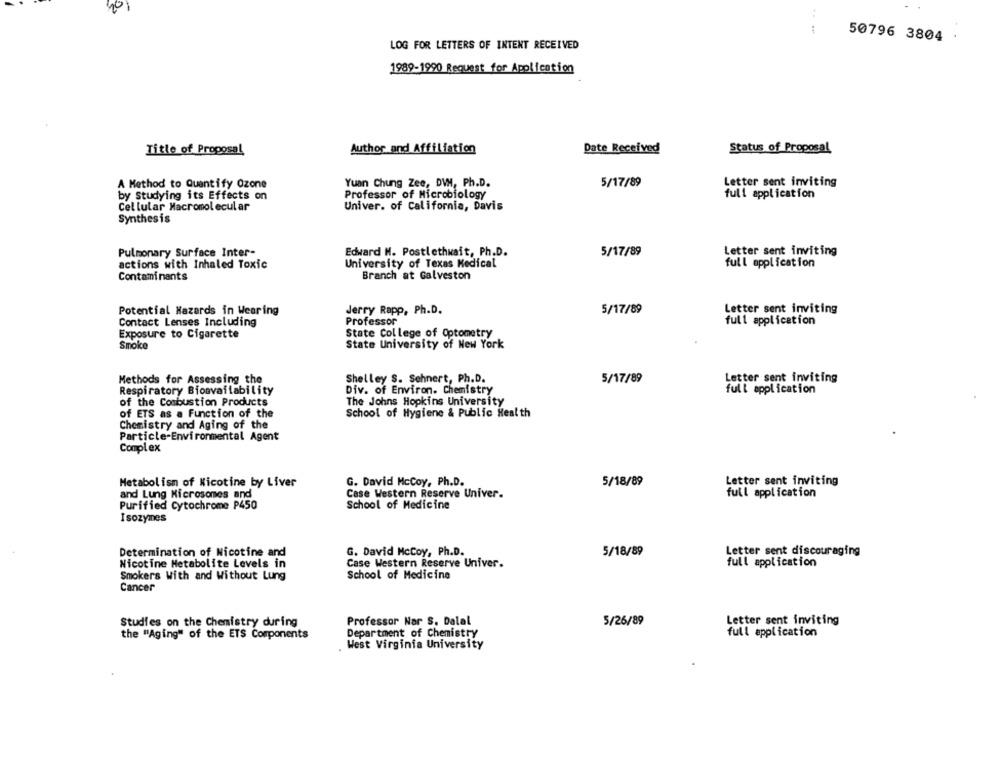
50796 3804
LOG FOR LETTERS OF INTENT RECEIVED
1989-1990 Request for Application
Title of Proposal
Author and Affiliation
Date Received
Status of Proposal
A Method to Quantify Ozone
Yuan Chung Zee, DVM, Ph.D.
Letter sent inviting
5/17/89
by Studying its Effects on
Professor of Microbiology
full application
Cellular Macromolecular
Univer. of California, Davis
Synthesis
5/17/89
Pulmonary Surface Inter-
Edward M. Postlethwait, Ph.D.
Letter sent inviting
actions with Inhaled Toxic
University of Texas Medical
full application
Contaminants
Branch at Galveston
Potential Hazards in Wearing
Jerry Rapp, Ph.D.
5/17/89
Letter sent inviting
Professor
Contact Lenses Including
full application
Exposure to Cigarette
State College of Optometry
Smoke
State University of New York
Methods for Assessing the
Shelley S. Sehnert, Ph.D.
5/17/89
Letter sent inviting
Respiratory Bioavailability
Div. of Environ. Chemistry
full application
of the Combustion Products
The Johns Hopkins University
of ETS as a Function of the
School of Hygiene & Public Health
Chemistry and Aging of the
Particle-Environmental Agent
Complex
Metabolism of Nicotine by Liver
G. David McCoy, Ph.D.
5/18/89
Letter sent inviting
and Lung Microsomes and
Case Western Reserve Univer.
full application
Purified Cytochrome P450
School of Medicine
I sozymes
Determination of Nicotine and
G. David McCoy, Ph.D.
5/18/89
Letter sent discouraging
Nicotine Metabolite Levels in
Case Western Reserve Univer.
full application
Smokers With and Without Lung
School of Medicine
Cancer
Studies on the Chemistry during
Professor Nar S. Dalal
5/26/89
Letter sent inviting
the "Aging" of the ETS Components
Department of Chemistry
full application
West Virginia University